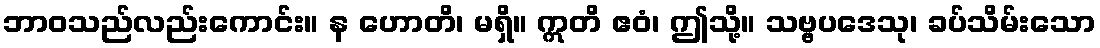
ဘာဝသည်လည်းကောင်း။ န ဟောတိ၊ မရှိ။ ဣတိ ဧဝံ၊ ဤသို့။ သဗ္ဗပဒေသု၊ ခပ်သိမ်းသော